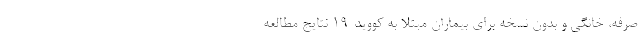
‌صرفه، خانگی و بدون نسخه برای بیماران مبتلا به کووید-۱۹ نتایج مطالعه